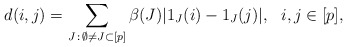
\begin{align*}d(i,j) = \sum_{J\, :\, \emptyset\not=J\subset [p]} \beta(J) | 1_{J}(i) - 1_{J}(j)|,\ \ i,j\in [p],\end{align*}